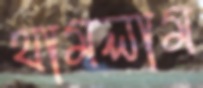
থামলাম